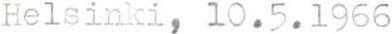
Helsinki, 10.5.1966